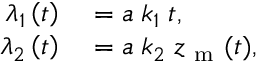
\begin{array} { r l } { \lambda _ { 1 } \left( t \right) } & { { } = a \; k _ { 1 } \; t , } \\ { \lambda _ { 2 } \left( t \right) } & { { } = a \; k _ { 2 } \; z _ { \mathrm { ~ m ~ } } ( t ) , } \end{array}